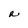
Character: R